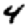
Digit: 4